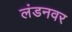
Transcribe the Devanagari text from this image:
लंडनवर